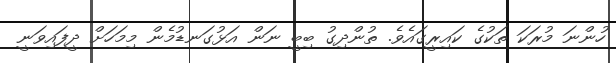
ހުންނަ މުރަކަ ތަކުގެ ކައިރީގައެވެ. ތުންދިގު ބިބީ ނަން އަޅުގަނޑުމެން މިމަހަށް ދީފައިވަނީ